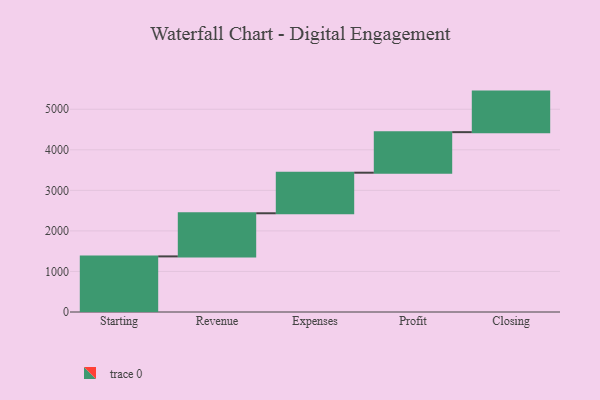
{"axis": {"x": "Step", "y": "Value"}, "legend": [""], "data": [{"x": "Starting", "y": 1371.0, "type": ""}, {"x": "Revenue", "y": 1064.0, "type": ""}, {"x": "Expenses", "y": 1000, "type": ""}, {"x": "Profit", "y": 1000, "type": ""}, {"x": "Closing", "y": 1000, "type": ""}]}